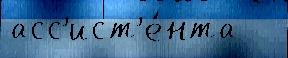
асс'ист'е́нта